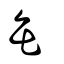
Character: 缶